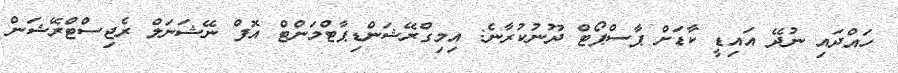
ހައްދައި ނުދޭ އައިޑީ ކާޑަށް ޕާސްޕޯޓް ދޫނުކުރާނެ: އިމިގްރޭޝަންޑިޕާޓްމަންޓް އޮފް ނޭޝަނަލް ރެޖިސްޓްރޭޝަން